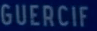
GUERCIF